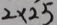
2 \times 2 5